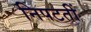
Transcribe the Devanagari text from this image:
निपटतीं